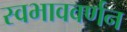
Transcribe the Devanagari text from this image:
स्वभाववर्णन